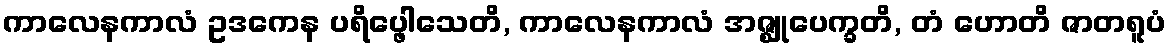
ကာလေနကာလံ ဥဒကေန ပရိပ္ဖေါသေတိ, ကာလေနကာလံ အဇ္ဈုပေက္ခတိ, တံ ဟောတိ ဇာတရူပံ